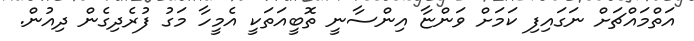
އަތްމައްޗަށް ނަގައިފި ކަމަށް ވަންޏާ އިންސާނީ ތޮބީއަތަކީ އެމީހާ މަގު ފުރެދިގެން ދިއުން.